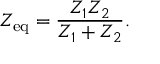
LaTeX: Z _ { \mathrm { e q } } = { \frac { Z _ { 1 } Z _ { 2 } } { Z _ { 1 } + Z _ { 2 } } } .